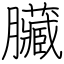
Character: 臟